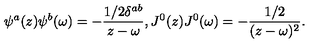
\psi ^ { a } ( z ) \psi ^ { b } ( \omega ) = - \frac { 1 / 2 \delta ^ { a b } } { z - \omega } , J ^ { 0 } ( z ) J ^ { 0 } ( \omega ) = - \frac { 1 / 2 } { ( z - \omega ) ^ { 2 } } .